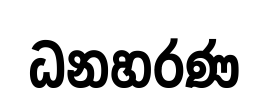
ධනහරණ